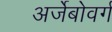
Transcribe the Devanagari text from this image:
अर्जेबोवर्ग